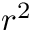
r ^ { 2 }